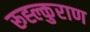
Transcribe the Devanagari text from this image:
रूह्ल्कुराण